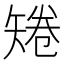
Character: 𥏙